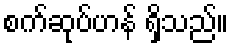
စက်ဆုပ်ဟန် ရှိသည်။